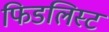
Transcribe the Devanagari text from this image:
फिडलिस्ट